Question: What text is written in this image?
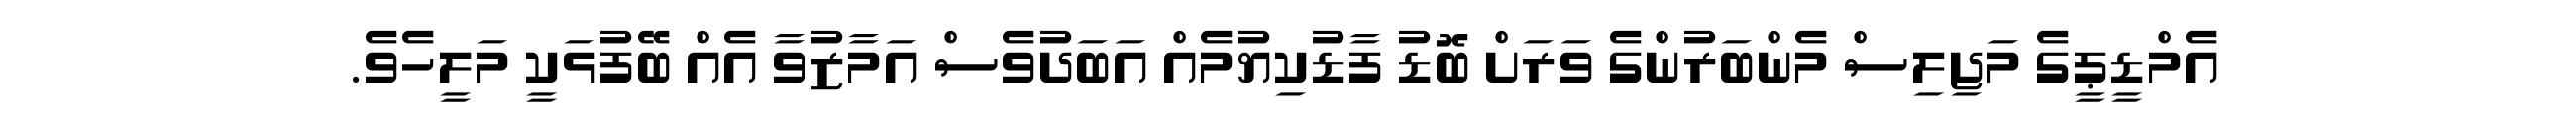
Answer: އެމްޑީޕީގެ މަޖިލިސް މެންބަރުންގެ ވަރަށް ބޮޑު ފާޑުކިޔުމެއް އަބަދުވެސް އަމާޒުވާ އެއް ބޭފުޅަކީ މަލީހެވެ.